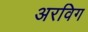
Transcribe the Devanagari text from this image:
अरविग